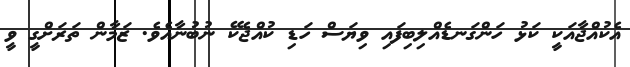
އެކުއްޖާއަކީ ކަޅު ހަންގަނޑެއްލިބިފައި ވިޔަސް ހަޑި ކުއްޖެކޭ ނުބުނާއެވެ. ޒަމާން ތަރަށްގީ ވީ